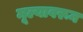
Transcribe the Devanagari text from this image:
मूल्यावरून